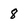
Character: 8